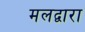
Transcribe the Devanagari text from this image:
मलद्वारा